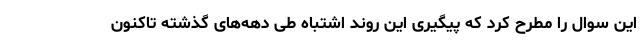
این سوال را مطرح کرد که پیگیری این روند اشتباه طی دهه‌های گذشته تاکنون